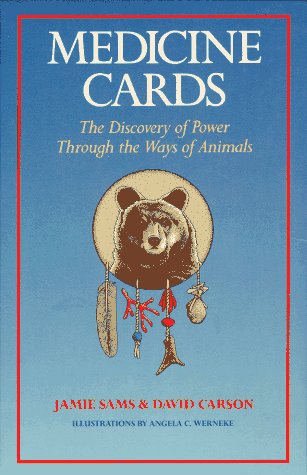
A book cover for Medicine Cards: The Discovery of Power Through the Ways of Animals; Jamie Sams; Religion & Spirituality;